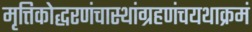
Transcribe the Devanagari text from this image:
मृत्तिकोद्धरणंचास्थांग्रहणंचयथाक्रमं